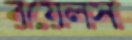
রয়েলস